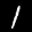
Label: 1